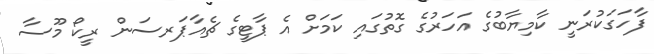
ފާހަގަކުރަނީ ކާމިޔާބުގެ އަހަރުގެ ގޮތުގައި ކަމަށް އެ ޕާޓީގެ ޗެއާޕަރސަން ރީކޯ މޫސާ